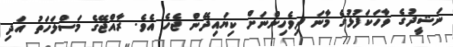
ނަޝީދުގެ ވާހަކަފުޅުގެ މާނަ ދިވެހިންނަށް ކިޔައިދޭން ޖެހެ އެވެ. ރާއްޖޭގެ މަސްލަހަތު އަދި